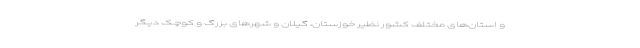
و استان‌های مختلف کشور نظیر خوزستان، گیلان و شهرهای بزرگ و کوچک دیگر